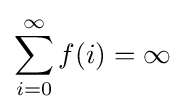
\sum _{i=0}^{\infty }f(i)=\infty